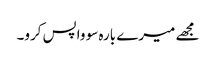
مجھے میرے بارہ سو واپس کرو۔